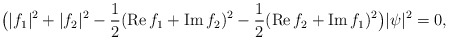
\begin{align*}\big(|f_1|^2+|f_2|^2-\frac{1}{2}(\operatorname{Re}f_1+\operatorname{Im}f_2)^2-\frac{1}{2}(\operatorname{Re}f_2+\operatorname{Im}f_1)^2\big)|\psi|^2=0,\end{align*}